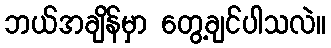
ဘယ်အချိန်မှာ တွေ့ချင်ပါသလဲ။